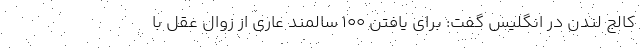
کالج لندن در انگلیس گفت: برای یافتن ۱۰۰ سالمند عاری از زوال عقل با